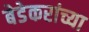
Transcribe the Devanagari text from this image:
बेडेकरांच्या